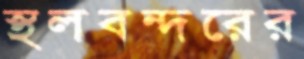
স্থলবন্দরের